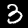
Digit: 3